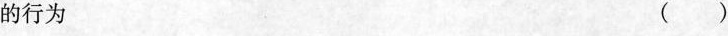
的行为( )